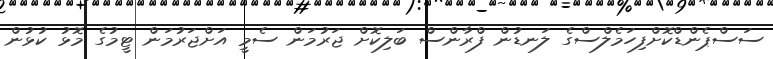
ސަސްޕެންޑްކޮށްފިހަމެލްސްގެ ލަނޑުން ފްރާންސް ބަލިކޮށް ޖަރުމަން ސެމީ އަށްޖަރުމަން ޓީމުގެ މޮޅު ކުޅުން